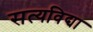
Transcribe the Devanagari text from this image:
सत्यविद्या